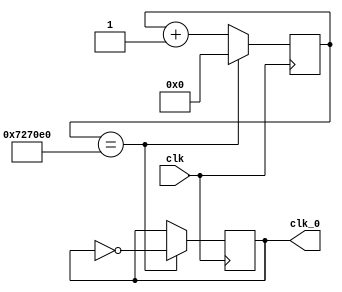
`timescale 1ns / 1ps

module clk_div_1s(clk,clk_0);
input clk;
output reg clk_0 = 0;
reg [32:0] k = 0;
always@(posedge clk) begin
	if(k == 7500000) begin
		k <= 0;
		clk_0 = ~clk_0;
	end
	else begin
		k <= k + 1;
	end
end

endmodule